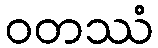
ဝတဿံ